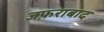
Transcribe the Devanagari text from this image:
जफ़राबाद